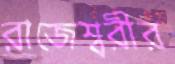
রাজেশ্বরীর